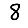
Digit: 8